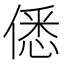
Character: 僁